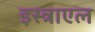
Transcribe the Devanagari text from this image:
इस्त्राएल